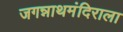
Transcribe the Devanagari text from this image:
जगन्नाथमंदिराला